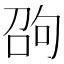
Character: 𠣫